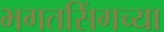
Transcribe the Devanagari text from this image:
भगतसिंगच्या